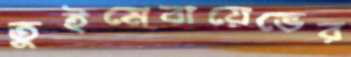
তুইমেবায়েভের